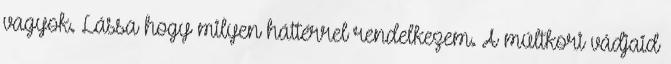
vagyok. Lássa hogy milyen háttérrel rendelkezem. A múltkori vádjaid